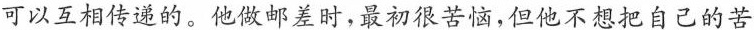
可以互相传递的。他做邮差时，最初很苦恼，但他不想把自己的苦